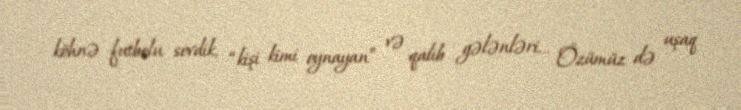
köhnə futbolu sevdik, “kişi kimi oynayan” və qalib gələnləri... Özümüz də uşaq